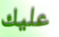
عليك